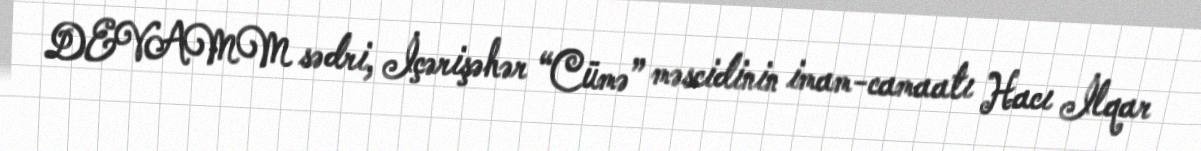
DEVAMM sədri, İçərişəhər “Cümə” məscidinin imam-camaatı Hacı İlqar